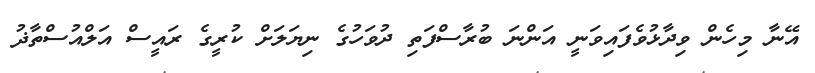
އޭނާ މިހެން ވިދާޅުވެފައިވަނީ އަންނަ ބުރާސްފަތި ދުވަހުގެ ނިޔަލަށް ކުރީގެ ރައީސް އަލްއުސްތާޛު